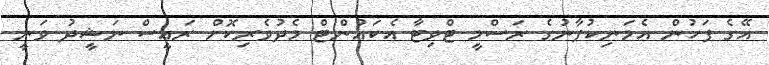
އޭގެ ފަހުން އެމަނިކުފާނުގެ ރަސްމީ ޓްވިޓާ އެކައުންޓް މެދުވެރިކޮށް ރައީސް ނަޝީދު ވަނީ